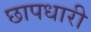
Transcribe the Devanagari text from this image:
छापधारी